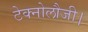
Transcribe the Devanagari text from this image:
टेक्नोलौजी।